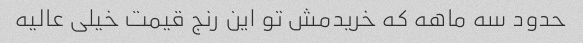
حدود سه ماهه که خریدمش تو این رنج قیمت خیلی عالیه